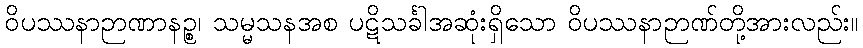
ဝိပဿနာဉာဏာနဉ္စ၊ သမ္မသနအစ ပဋိသင်္ခါအဆုံးရှိသော ဝိပဿနာဉာဏ်တို့အားလည်း။